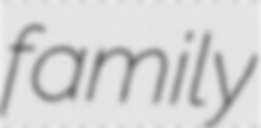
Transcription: family